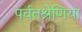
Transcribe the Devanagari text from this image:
पर्वतश्रेणिया